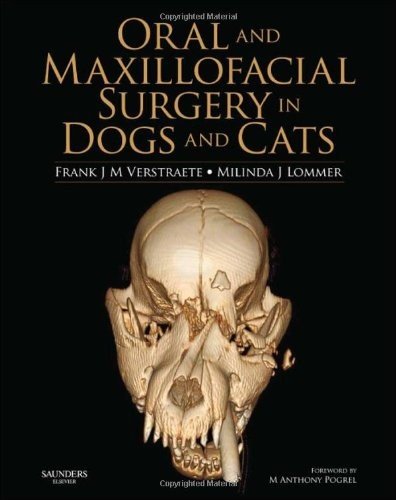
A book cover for Oral and Maxillofacial Surgery in Dogs and Cats, 1e; Frank J M Verstraete DrMedVet  BVSc(Hons)  MMedVet  Dipl AVDC  Dipl ECVS  Dipl EVDC; Medical Books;